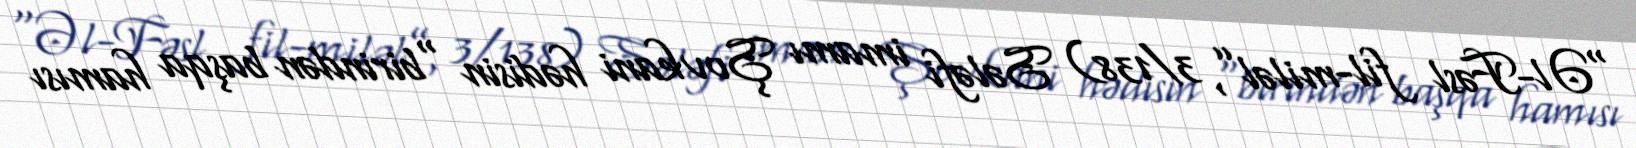
“Əl-Fəsl fil-miləl”, 3/138) Sələfi imamı Şovkani hədisin “birindən başqa hamısı